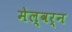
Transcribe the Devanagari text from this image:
मेल्वर्न